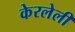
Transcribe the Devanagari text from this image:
केरलेली